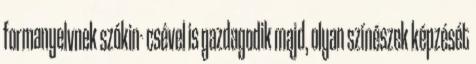
formanyelvnek szókin- csével is gazdagodik majd, olyan színészek képzését